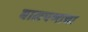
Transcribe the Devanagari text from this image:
बालपणाचा